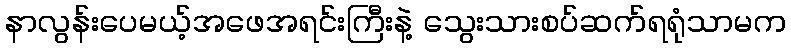
နာလွန်းပေမယ့်အဖေအရင်းကြီးနဲ့ သွေးသားစပ်ဆက်ရရုံသာမက